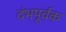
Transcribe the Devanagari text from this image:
दंभपूर्वक